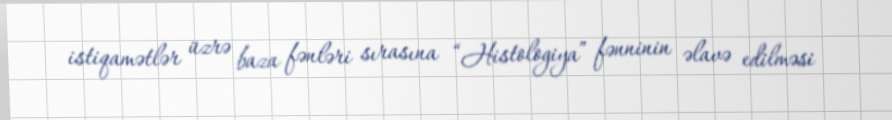
istiqamətlər üzrə baza fənləri sırasına “Histologiya” fənninin əlavə edilməsi